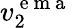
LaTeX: v_{2}^{\mathrm{~e~m~a~}}